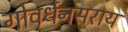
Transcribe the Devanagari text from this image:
गोवर्धनसराय